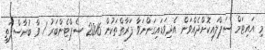
މި އައިޓަމް ސަޕްލައިކޮށްދެއްވަން އެދިވަޑައިގަންނަވާ ފަރާތްތަކުން 2016 ސެޕްޓެންބަރު 1 ވާ ބުރާސްފަތި